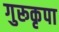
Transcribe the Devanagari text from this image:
गुरूकृपा